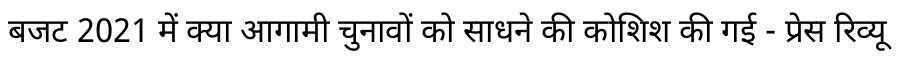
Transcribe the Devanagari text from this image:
बजट 2021 में क्या आगामी चुनावों को साधने की कोशिश की गई - प्रेस रिव्यू